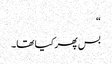
“
بس پھر کیا تھا۔